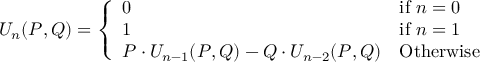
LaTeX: U _ { n } ( P , Q ) = { \left\{ \begin{array} { l l } { 0 } & { { \mathrm { i f ~ } } n = 0 } \\ { 1 } & { { \mathrm { i f ~ } } n = 1 } \\ { P \cdot U _ { n - 1 } ( P , Q ) - Q \cdot U _ { n - 2 } ( P , Q ) } & { { \mathrm { O t h e r w i s e } } } \end{array} \right. }